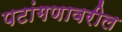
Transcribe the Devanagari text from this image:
पटांगणावरील